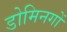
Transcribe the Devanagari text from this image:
डोमिनगों